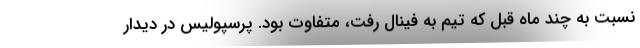
نسبت به چند ماه قبل که تیم به فینال رفت، متفاوت بود. پرسپولیس در دیدار